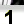
Digit: 1